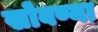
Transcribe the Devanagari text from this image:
खोबण्या